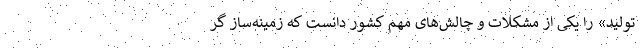
تولید» را یکی از مشکلات و چالش‌های مهم کشور دانست که زمینه‌ساز گر